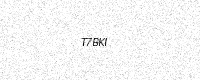
Text: T7BKI